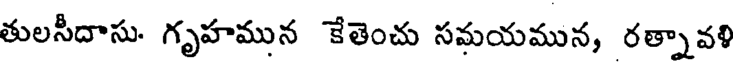
తులసీదాసు. గృహమున కేతెంచు సమయమున, రత్నావళి